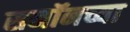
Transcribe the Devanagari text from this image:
सनॉनच्या